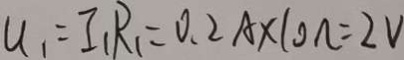
u _ { 1 } = I _ { 1 } R _ { 1 } = 0 . 2 A \times 1 0 \Omega = 2 V